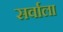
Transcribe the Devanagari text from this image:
सर्वाला